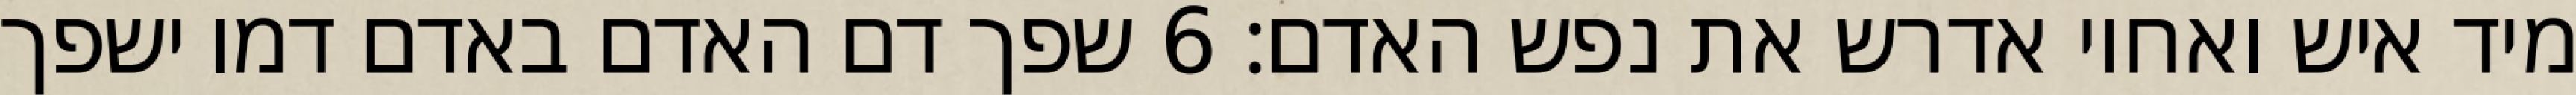
מיד איש ואחיו אדרש את נפש האדם׃ ‎6‏ שפך דם האדם באדם דמו ישפך